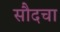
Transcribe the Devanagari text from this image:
सौदचा